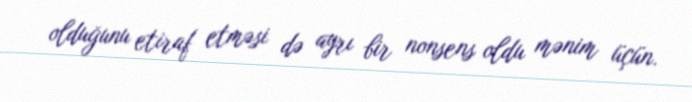
olduğunu etiraf etməsi də ayrı bir nonsens oldu mənim üçün.